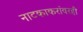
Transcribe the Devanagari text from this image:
नाटकाकरांवरही